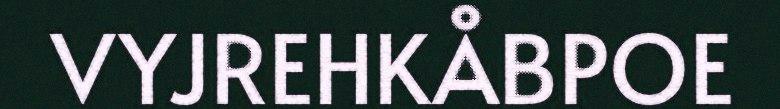
VYJREHKÅBPOE